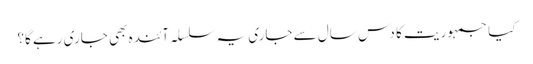
کیا جمہوریت کا دس سال سے جاری یہ سلسلہ آئندہ بھی جاری رہے گا؟